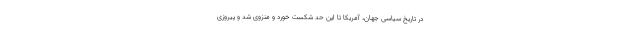
در تاریخ سیاسی جهان، آمریکا تا این حد شکست خورد و منزوی شد و پیروزی